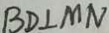
B D \bot M N